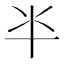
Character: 𠦂